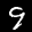
Label: 9